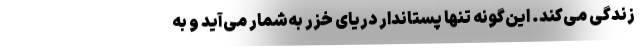
زندگی می‌کند. این‌گونه تنها پستاندار دریای خزر به‌شمار می‌آید و به